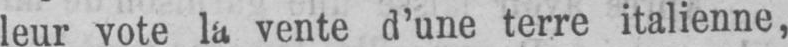
leur vote la vente d’une terre italienne,